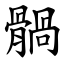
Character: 䯞